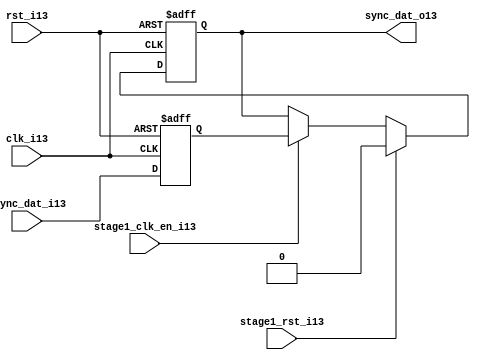
module uart_sync_flops13
(
  // internal signals13
  rst_i13,
  clk_i13,
  stage1_rst_i13,
  stage1_clk_en_i13,
  async_dat_i13,
  sync_dat_o13
);

parameter Tp13            = 1;
parameter width         = 1;
parameter init_value13    = 1'b0;

input                           rst_i13;                  // reset input
input                           clk_i13;                  // clock13 input
input                           stage1_rst_i13;           // synchronous13 reset for stage13 1 FF13
input                           stage1_clk_en_i13;        // synchronous13 clock13 enable for stage13 1 FF13
input   [width-1:0]             async_dat_i13;            // asynchronous13 data input
output  [width-1:0]             sync_dat_o13;             // synchronous13 data output


//
// Interal13 signal13 declarations13
//

reg     [width-1:0]             sync_dat_o13;
reg     [width-1:0]             flop_013;


// first stage13
always @ (posedge clk_i13 or posedge rst_i13)
begin
    if (rst_i13)
        flop_013 <= #Tp13 {width{init_value13}};
    else
        flop_013 <= #Tp13 async_dat_i13;    
end

// second stage13
always @ (posedge clk_i13 or posedge rst_i13)
begin
    if (rst_i13)
        sync_dat_o13 <= #Tp13 {width{init_value13}};
    else if (stage1_rst_i13)
        sync_dat_o13 <= #Tp13 {width{init_value13}};
    else if (stage1_clk_en_i13)
        sync_dat_o13 <= #Tp13 flop_013;       
end

endmodule